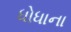
ધોધાના